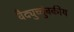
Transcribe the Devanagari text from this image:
वैद्युच्चुंबकीय